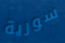
سورية